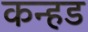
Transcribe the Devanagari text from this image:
कन्हड